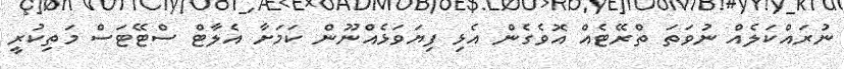
ނުރައްކަލެއް ނުވަތަ ތްރޭޓެއް އޮވެގެން އެޅި ފިޔަވަޅެއްނޫން ކަމަށާ އެލާޓް ސްޓޭޓަސް މަތިކުރީ